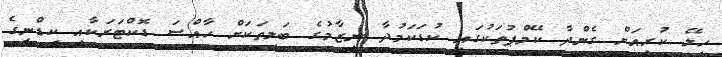
ހިލޭ ކުރިއަށް ގެންދާ ކޭމްޕުތަކުގައި ކުޑަކަމުދާ ނިޒާމުގެ ބަލިތަކަށް ހާއްސަ ޑޮކްޓަރަކާއި ކިޑްނީގެ